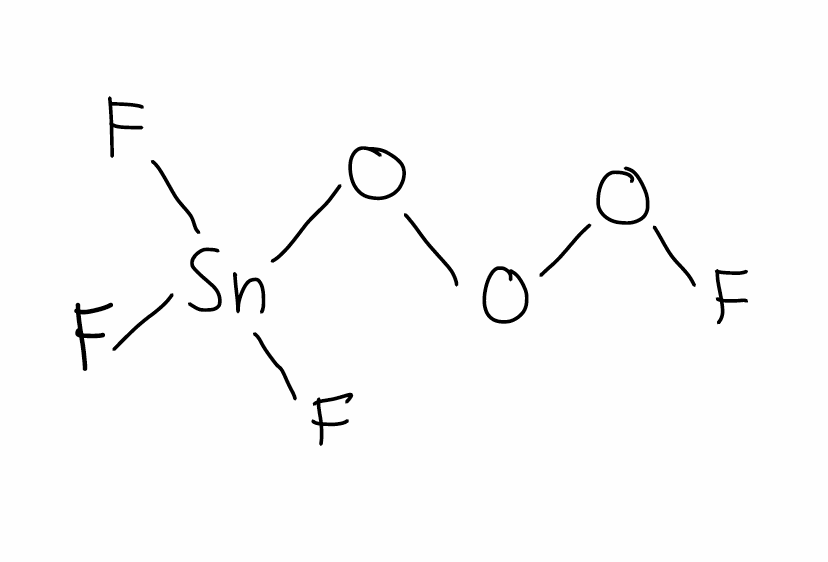
Simplified molecular-input line-entry system (SMILES) notation of the given molecule:
O(OF)O[Sn](F)(F)F